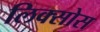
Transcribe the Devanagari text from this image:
लिक्सोस